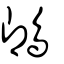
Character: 䳭